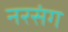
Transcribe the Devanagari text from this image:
नरसंग